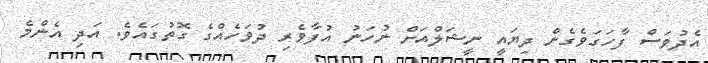
އެދުވަސް ފާހަގަވެގެން ދިޔައީ ނީޝަލްއަށް ނުހަނު އުފާވެރި ދުވަހެއްގެ ގޮތުގައެވެ. އަދި އެންމެ